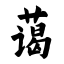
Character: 蔼